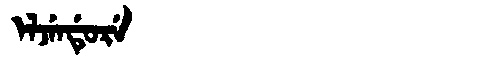
Manchu: ᡝᠯᠵᡝᠨᡩᡠᡵᡝ
Romanization: ELJENDURE